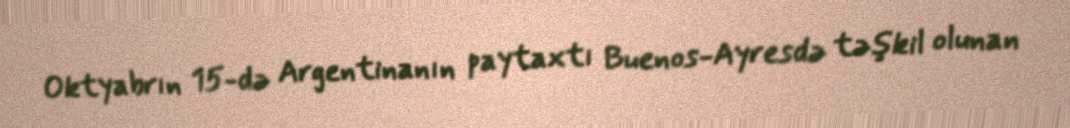
Oktyabrın 15-də Argentinanın paytaxtı Buenos-Ayresdə təşkil olunan